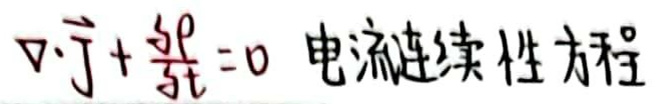
\nabla \cdot \vec{j} + \frac{\partial \rho}{\partial t} = 0 \quad \text{电流连续性方程}